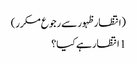
(انتظار ظہور سے رجوع مکرر)
1 انتظار ہے کیا؟